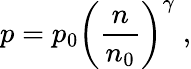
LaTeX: p=p_{0}\left(\frac{n}{n_{0}}\right)^{\gamma}\; ,